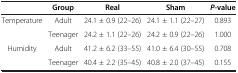
<table><thead><tr><td><b> </b></td><td><b>Group</b></td><td><b>Real</b></td><td><b>Sham</b></td><td><b><i>P</i>-value</b></td></tr></thead><tbody><tr><td rowspan="2">Temperature</td><td>Adult</td><td>24.1 ± 0.9 (22–26)</td><td>24.1 ± 1.1 (22–27)</td><td>0.893</td></tr><tr><td>Teenager</td><td>24.2 ± 1.1 (22–26)</td><td>24.2 ± 0.9 (22–26)</td><td>1.000</td></tr><tr><td rowspan="2">Humidity</td><td>Adult</td><td>41.2 ± 6.2 (33–55)</td><td>41.0 ± 6.4 (30–55)</td><td>0.708</td></tr><tr><td>Teenager</td><td>40.4 ± 2.2 (35–45)</td><td>40.8 ± 2.0 (37–45)</td><td>0.155</td></tr></tbody></table>